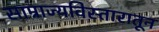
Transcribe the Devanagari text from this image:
साम्राज्यविस्तारातून